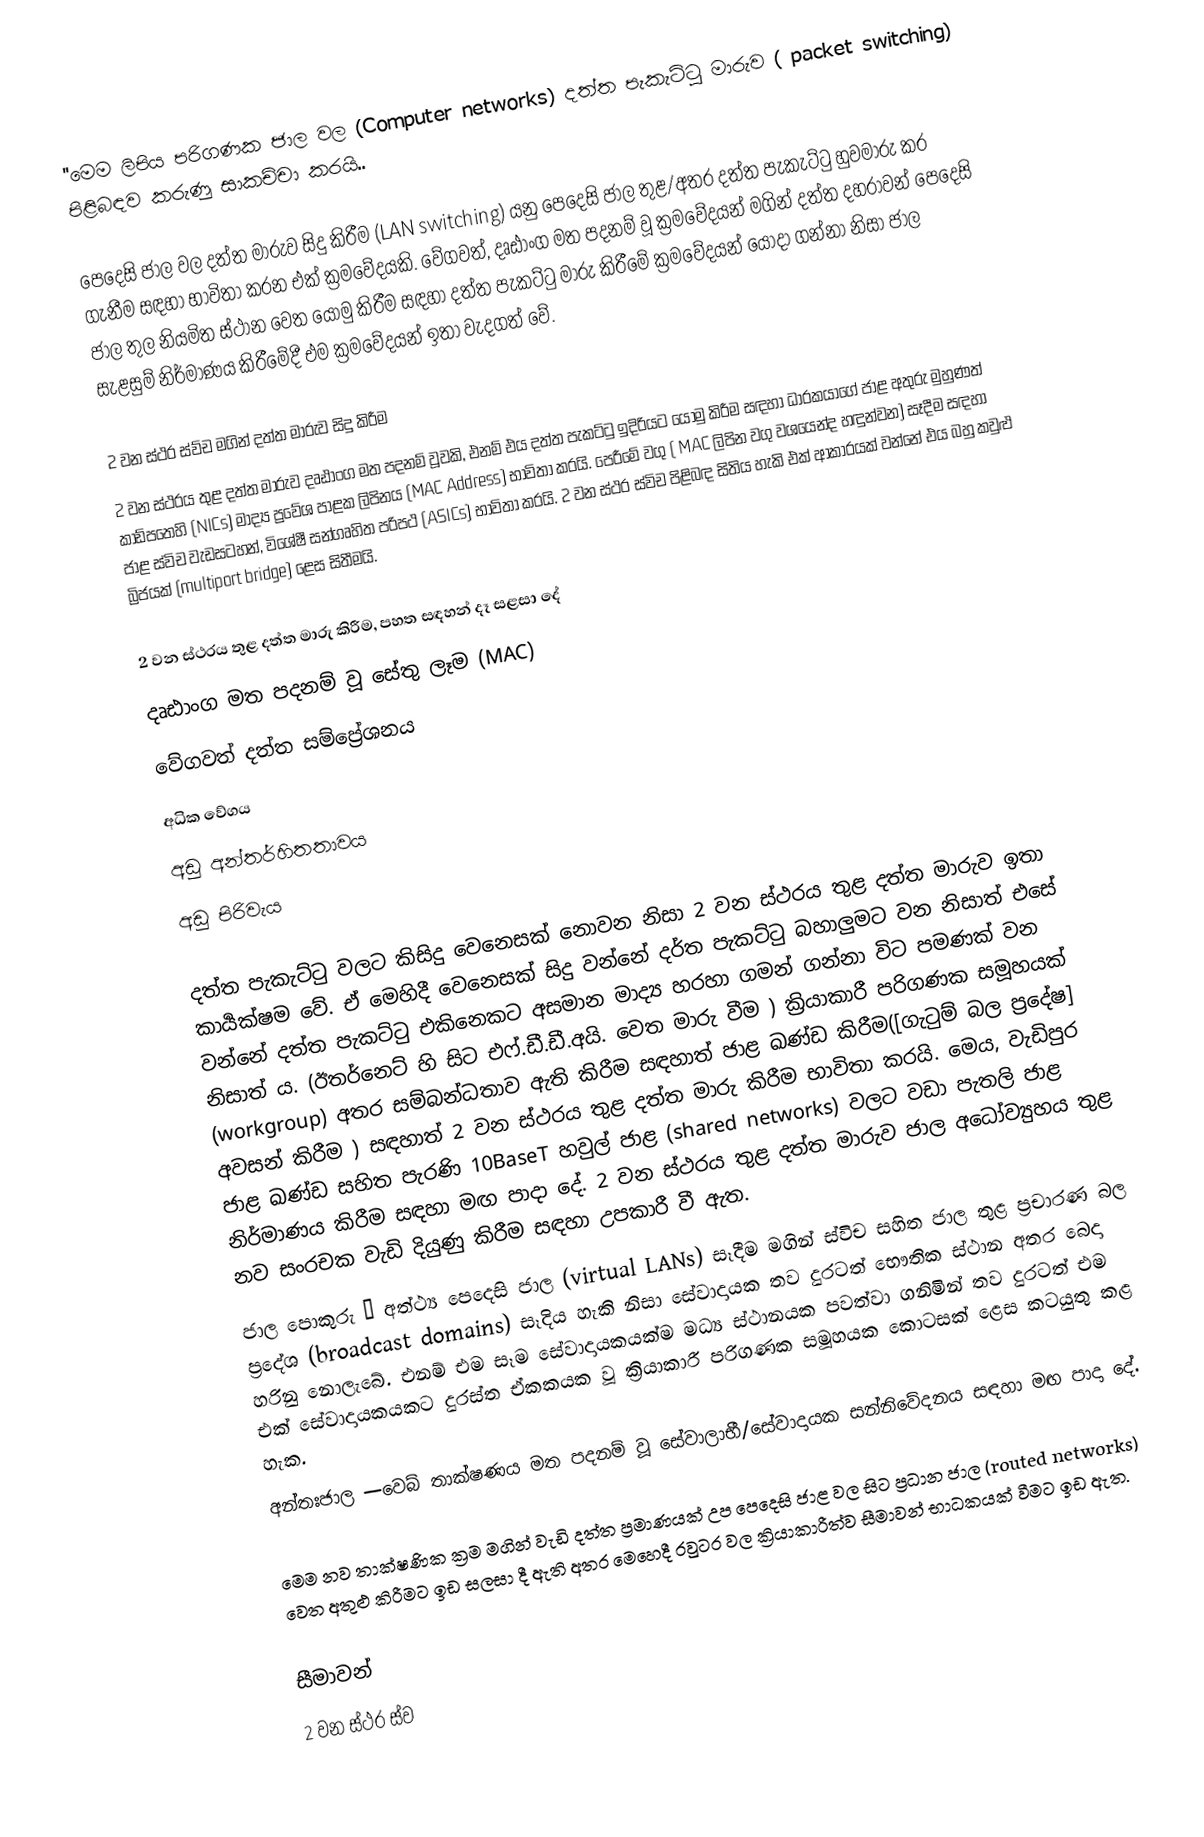
''මෙම ලිපිය පරිගණක ජාල වල (Computer networks) දත්ත පැකැට්ටු මාරුව ( packet switching) පිළිබඳව කරුණු සාකච්චා කරයි..

පෙදෙසි ජාල වල දත්ත මාරුව සිදු කිරීම (LAN switching)  යනු පෙදෙසි ජාල තුළ/අතර දත්ත පැකැට්ටු හුවමාරු කර ගැනීම සඳහා භාවිතා කරන එක් ක්‍රමවේදයකි. වේගවත්, දෘඪාංග මත පදනම් වූ ක්‍රමවේදයන් මගින් දත්ත දහරාවන් පෙදෙසි ජාල තුල නියමිත ස්ථාන වෙත යොමු කිරීම සඳහා දත්ත පැකට්ටු මාරු කිරීමේ ක්‍රමවේදයන් යොදා ගන්නා නිසා  ජාල සැළසුම් නිර්මාණය කිරීමේදී  එම ක්‍රමවේදයන් ඉතා වැදගත් වේ.

2 වන ස්ථර ස්ව්ච මගින් දත්ත මාරුව සිදු කිරීම
2 වන ස්ථරය තුළ දත්ත මාරුව දෘඪාංග මත පදනම් වූවකි, එනම් එය දත්ත පැකට්ටු ඉදිරියට යොමු කිරීම සඳහා ධාරකයාගේ ජාළ අතුරු මුහුණත් කාඩ්පතෙහි (NICs)  මාද්‍ය ප්‍රවේශ පාළක ලිපිනය (MAC Address)  භාවිතා  කරයි. පෙරීමේ වගු ( MAC ලිපින වගු වශයෙන්ද හඳුන්වන) සෑදීම සඳහා ජාළ ස්විච වැඩසටහන්, විශේෂී සන්ගෘහිත පරිපථ (ASICs) භාවිතා කරයි. 2 වන ස්ථර  ස්විච පිළිබඳ සිතිය හැකි එක් ආකාරයක් වන්නේ එය බහු කවුළු බ්‍රිජයක් (multiport  bridge) ළෙස සිතීමයි.

2 වන ස්ථරය තුළ දත්ත මාරු කිරීම, පහත සඳහන් දෑ සළසා දේ
 දෘඪාංග මත පදනම් වූ සේතු ලෑම (MAC)
 වේගවත් දත්ත සම්ප්‍රේශනය
 අධික වේගය
 අඩු අන්තර්හිතතාවය
 අඩු පිරිවැය

දත්ත පැකැට්ටු වලට කිසිදු වෙනෙසක් නොවන නිසා 2 වන ස්ථරය තුළ දත්ත මාරුව ඉතා කාර්‍යක්ෂම වේ. ඒ මෙහිදී වෙනෙසක් සිදු වන්නේ දර්ත පැකට්ටු බහාලුමට වන නිසාත් එසේ වන්නේ දත්ත පැකට්ටු එකිනෙකට අසමාන මාද්‍ය හරහා ගමන් ගන්නා විට පමණක් වන නිසාත් ය. (ඊතර්නෙට් හි සිට එෆ්.ඩී.ඩී.අයි. වෙත මාරු වීම )  ක්‍රියාකාරී පරිගණක සමූහයක් (workgroup) අතර සම්බන්ධතාව ඇති කිරීම සඳහාත් ජාළ ඛණ්ඩ කිරීම([ගැටුම් බල ප්‍රදේෂ] අවසන් කිරීම ) සඳහාත් 2 වන ස්ථරය තුළ දත්ත මාරු කිරීම භාවිතා කරයි. මෙය, වැඩිපුර ජාළ ඛණ්ඩ සහිත පැරණි 10BaseT හවුල් ජාළ (shared networks) වලට වඩා පැතලි ජාළ නිර්මාණය කිරීම සඳහා මඟ පාදා දේ. 2 වන ස්ථරය තුළ දත්ත මාරුව ජාල අධෝව්‍යුහය තුළ නව සංරචක වැඩි දියුණු කිරීම සඳහා උපකාරී වී ඇත.
 ජාල පොකුරු — අත්ථ්‍ය පෙදෙසි ජාල (virtual LANs) සෑදීම මගින් ස්විච සහිත ජාල තුළ ප්‍රචාරණ බල ප්‍රදේශ (broadcast domains) සෑදිය හැකි නිසා සේවාදායක තව දුරටත් භෞතික ස්ථාන අතර බෙදා හරිනු නොලැබේ. එනම් එම සෑම සේවාදායකයක්ම මධ්‍ය ස්ථානයක පවත්වා ගනිමින් තව දුරටත් එම එක් සේවාදායකයකට දුරස්ත ඒකකයක වූ ක්‍රියාකාරී පරිගණක සමූහයක කොටසක් ළෙස කටයුතු කළ හැක.
අන්තඃජාල —වෙබ් තාක්ෂණය මත පදනම් වූ සේවාලාභී/සේවාදායක සන්නිවේදනය සඳහා මඟ පාදා දේ.

මෙම නව තාක්ෂණික ක්‍රම මගින් වැඩි දත්ත ප්‍රමාණයක් උප පෙදෙසි ජාළ වල සිට ප්‍රධාන ජාල (routed networks) වෙත අතුළු කිරීමට ඉඩ සලසා දී ඇති අතර මෙහෙදී රවුටර වල ක්‍රියාකාරීත්ව සීමාවන් භාධකයක් වීමට ඉඩ ඇත.

සීමාවන්
2 වන ස්ථර ස්ව